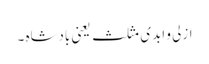
ازلی و ابدی مثلث یعنی بادشاہ ۔